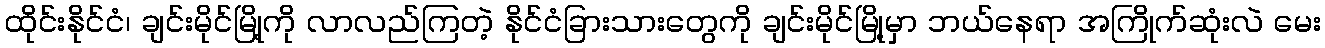
ထိုင်းနိုင်ငံ၊ ချင်းမိုင်မြို့ကို လာလည်ကြတဲ့ နိုင်ငံခြားသားတွေကို ချင်းမိုင်မြို့မှာ ဘယ်နေရာ အကြိုက်ဆုံးလဲ မေး